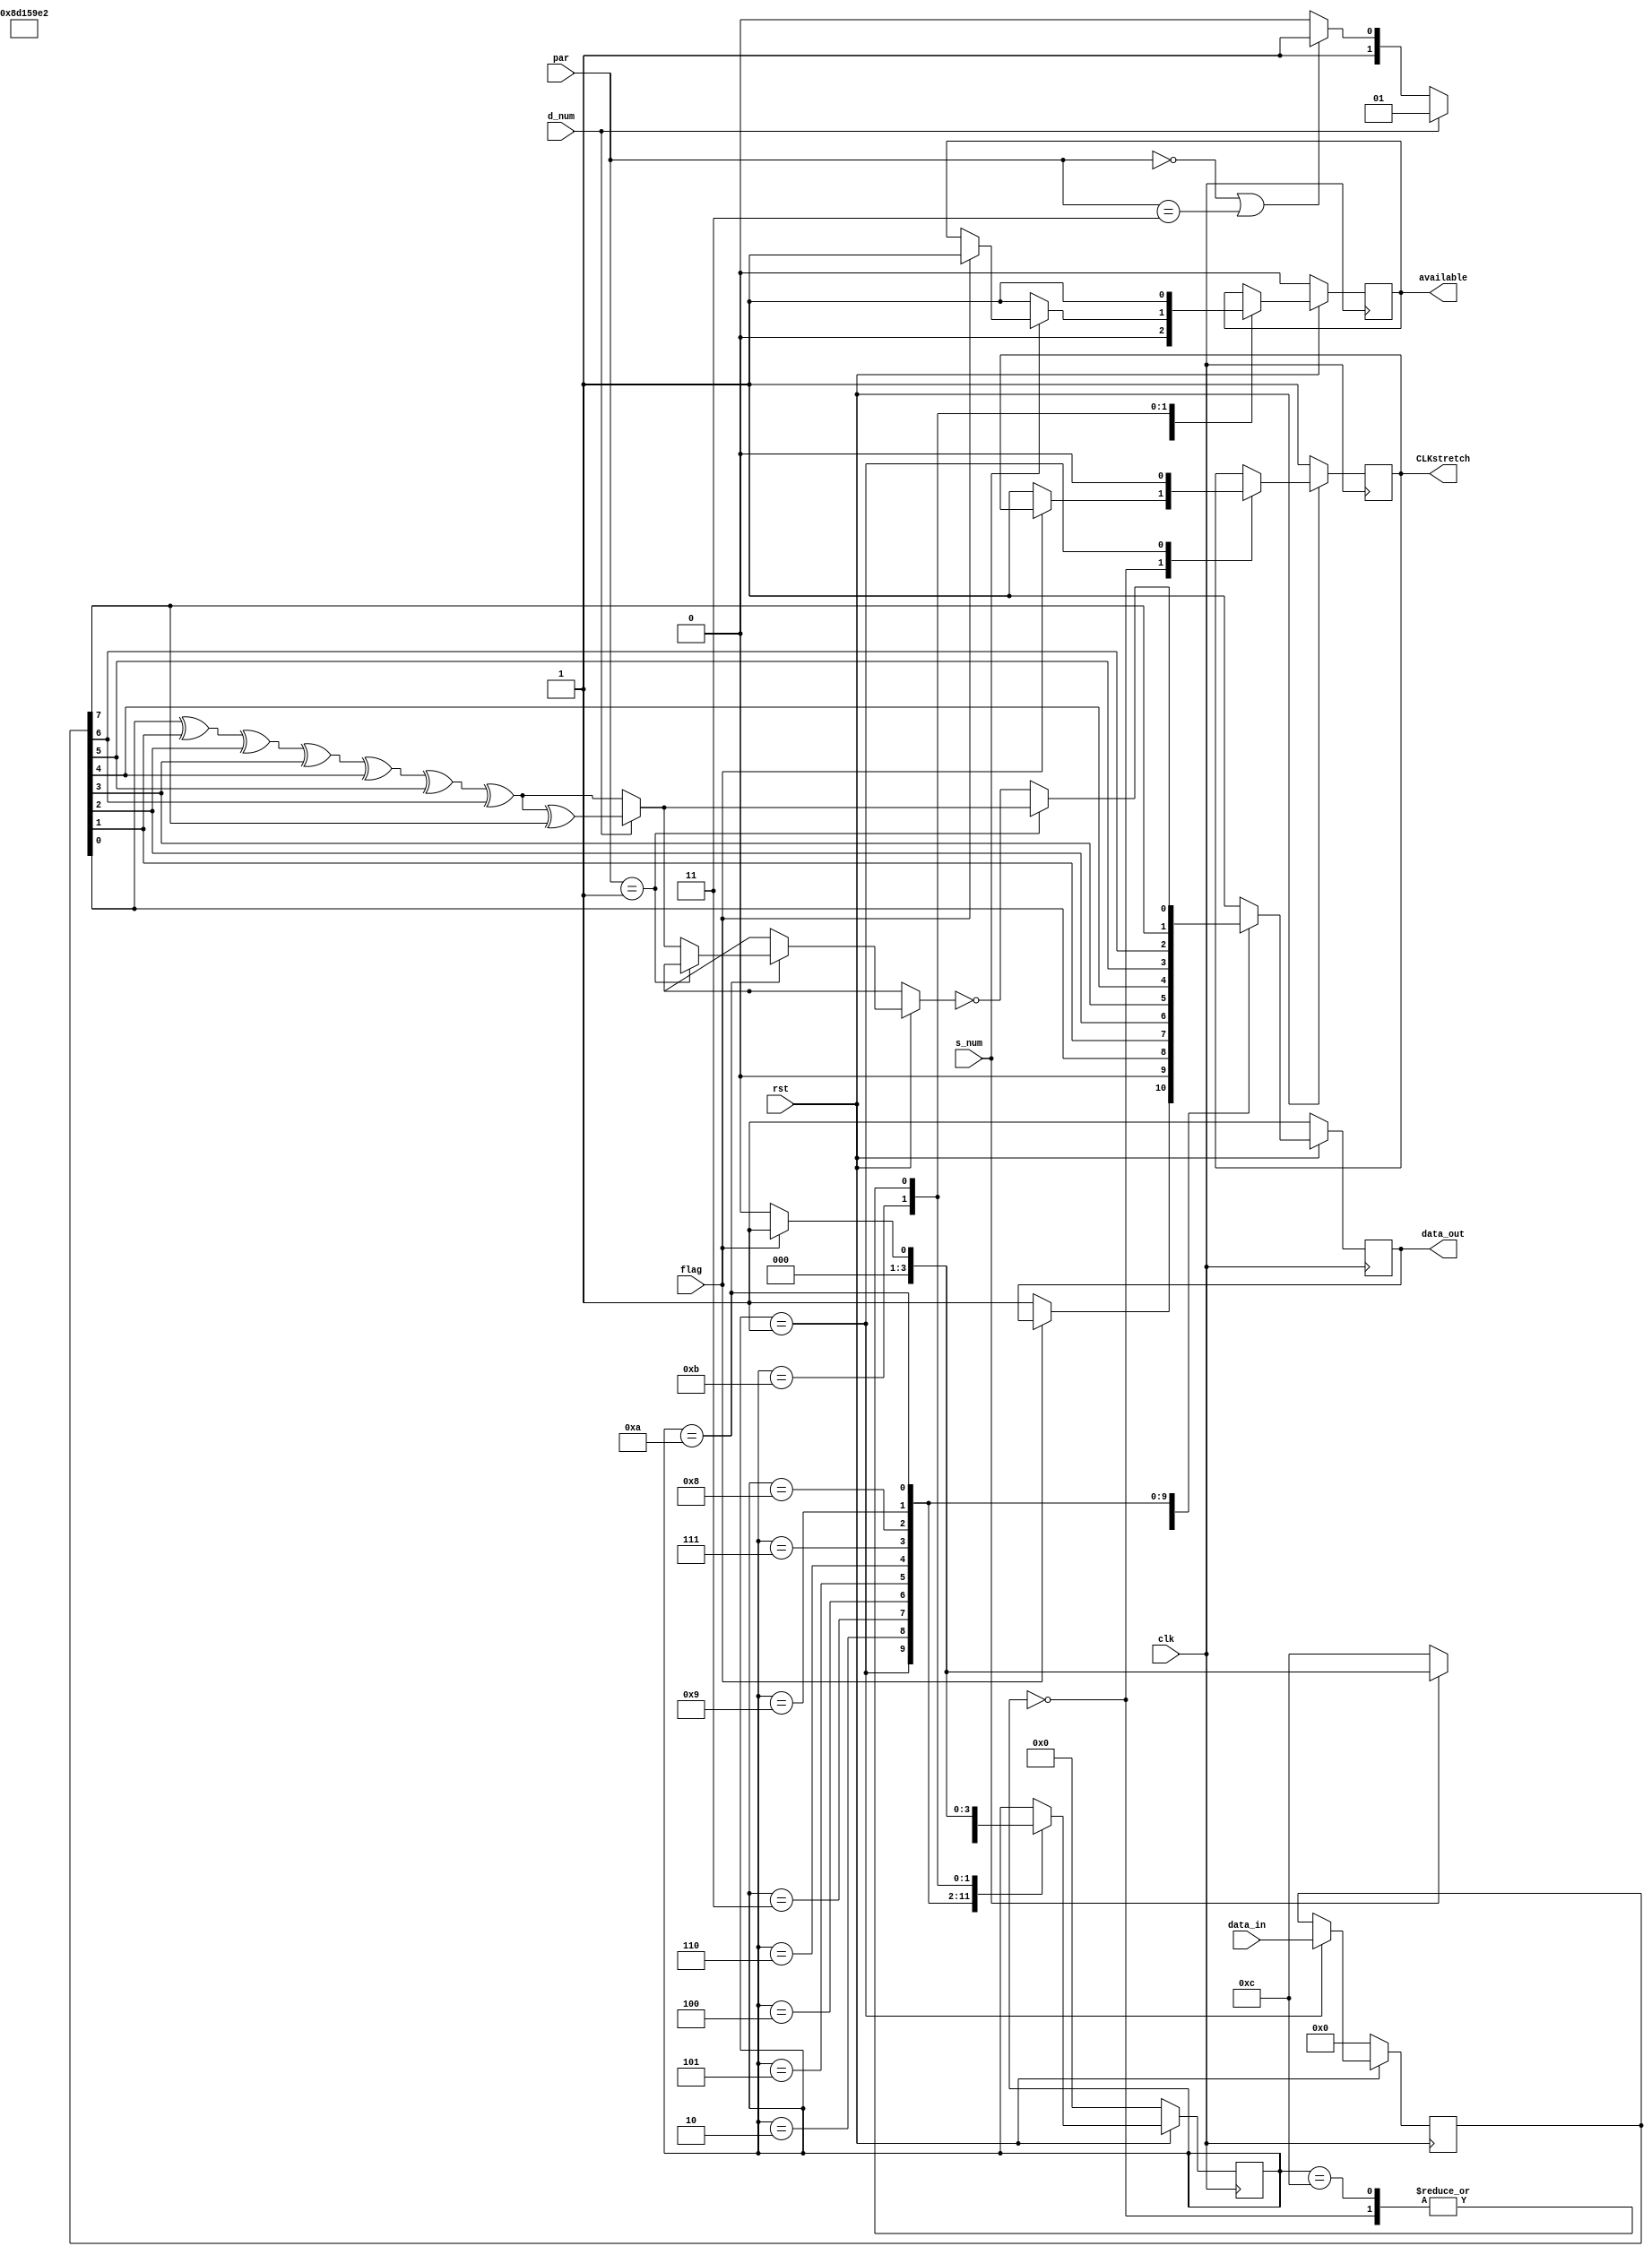
module UART_Tx(rst, clk, flag, data_out, available, data_in, d_num, s_num, par ,CLKstretch);
  
                               /*******inputs*******/ 
  input [7:0] data_in;
  input clk; 
  //INPUT CLOCK FROM BAUDRATE GEN
  input rst;
  //active low reset.
  input d_num; 
  //High for 8 bits of data.
  //Low for 7 bits of data.
  input s_num;
  //High for 1 stop-bit.
  //Low for 2 stop-bits.
  input [1:0] par;
  //00BIN  for no parity used. 
  //01BIN  for odd parity used.
  //10BIN  for even parity used outputs.
  //11BIN  for no parity used.
   input flag ; //start sending data flag.
  //0BIN no data sending
  //1BIN start sending data
  
                             ////////////////////////////////////                             
                               /******wires & registers*******/
                               
 reg [3:0] state ; //FSM.
 reg [7:0] data ; 
                            ////////////////////////////////////
                                   /******outputs******/
  output reg CLKstretch;                                 
  output reg data_out ;
  output reg available; // High at line availability. 
  
                           ////////////////////////////////////
                                       /*Block one*/
  
  
  
  //sending data    
 always @(posedge clk)
 begin //block1
     if (rst == 1'b0 )
     begin //reset = 0 
        data_out  <= 1'b1 ;
        data       <= 8'd0;
        state       <= 4'b0000 ;
        available    <= 1'b0;
        CLKstretch    <= 1'b1;
     end //reset = 0 
     else 
     begin //reset = 1
        case (state) 
        4'b0000 : begin  //idle //2nd stop bit 
                     available    <= 1 ;                
                     if (flag) 
                        begin ///flag = 1                          
                          state <= 4'b0001 ; 
                        end ///
                     else
                       begin ////flag = 0 
                       state <= 4'b0000 ;
                       data_out     <= 1'b1;
                       CLKstretch   <= 1'b1;
                       end //// 
                  end  //  
                                    
        4'b0001 : begin  //start
                  CLKstretch   <= 1'b0;
                  data_out <= 1'b0 ;
                  data <= data_in ;
                  available <= 0 ; 
                  state <= 4'b0010;
                  end //
                  
        4'b0010 : begin  //D7
                  data_out <= data[0] ;
                  state <= 4'b0011 ;
                  end //
                  
        4'b0011 : begin  //D6
                  data_out <= data[1] ;
                  state <= 4'b0100 ;
                  end //
                  
        4'b0100 : begin  //D5
                  data_out <= data[2] ;
                  state <= 4'b0101 ;
                  end //
                  
        4'b0101 : begin  //D4
                  data_out <= data[3] ;
                  state <= 4'b0110 ;
                  end //
                  
        4'b0110 : begin  //D3
                  data_out <= data[4] ;
                  state <= 4'b0111 ;
                  end //
                  
        4'b0111 : begin  //D2
                  data_out <= data[5] ;
                  state <= 4'b1000 ;
                  end //
                  
        4'b1000 : begin  //D1
                  data_out <= data[6] ;
                  if (d_num)
                     begin ///d_num = 1 .. 8 data bit 
                        state <= 4'b1001 ;
                     end ///
                  else if (par ==  2'b00 || par == 2'b11)
                            begin ////d_num = 0 .. 7 data bit
                              state <= 4'b1011;
                            end ////
                       else  
                            begin
                              state <= 4'b1010 ;
                            end 
                     
                  end //
                  
        4'b1001 : begin  //D0
                     data_out <= data[7] ;
                     if (par == 2'b00 || par == 2'b11) //8bit no parity
                       begin 
                         state <= 4'b1011;
                       end 
                     else 
                       begin 
                         state <= 4'b1010 ;
                       end                  
                  end //
                  
        4'b1010 : begin  //parity
                   if (par == 2'b01 )
                     begin ////odd parity
                     data_out <= parity(data,d_num) ; 
                     state <= 4'b1011 ; 
                     end ////
                  else
                     begin /////even parity
                     data_out <= ~parity(data,d_num) ; 
                     state <= 4'b1011 ; 
                     end /////
                  end //
                  
        4'b1011 : begin  //stop1
                  data_out <= 1'b1 ;
                 // state    <= 4'b0000 ; 
                    if (s_num) 
                     begin 
                     if (flag) begin///flag = 1   and 1 stop bit
                          state <= 4'b0001 ; 
                          available <= 1 ;
                        end else begin state <= 4'b0000 ; end                        
                    end else begin // 2 stop bits
                       available <= 1 ;
                       state <= 4'b1100 ; 
                       end //// 
                  end //
        4'b1100 : begin  //idle //2nd stop bit 
                     data_out <= 1'b1 ;     
                     available <= 1 ;                
                     if (flag) 
                        begin ///flag = 1  
                          state <= 4'b0001 ;                        
                        end ///
                     else
                       begin ////flag = 0 
                       state <= 4'b0000 ;
                       end //// 
                  end  //  
        default : data_out <= 1 ; 
       
        endcase
         
     end  //reset
 end//block1
 
function parity ;
      
   input [7:0] a;
   input dnum;
   
   begin //function  
   if (dnum == 1'b1 )
   begin  //8bit data
   parity = a[0] ^ a[1] ^ a[2] ^ a[3] ^ a[4] ^ a[5] ^ a[6] ^ a[7]; 
   // parity = 1 when NO.ones is odd
   end //8bit data
   else
   begin //7bit data
   parity = a[0] ^ a[1] ^ a[2] ^ a[3] ^ a[4] ^ a[5] ^ a[6];
   end //7bit data
   end //function
   endfunction 

  
endmodule